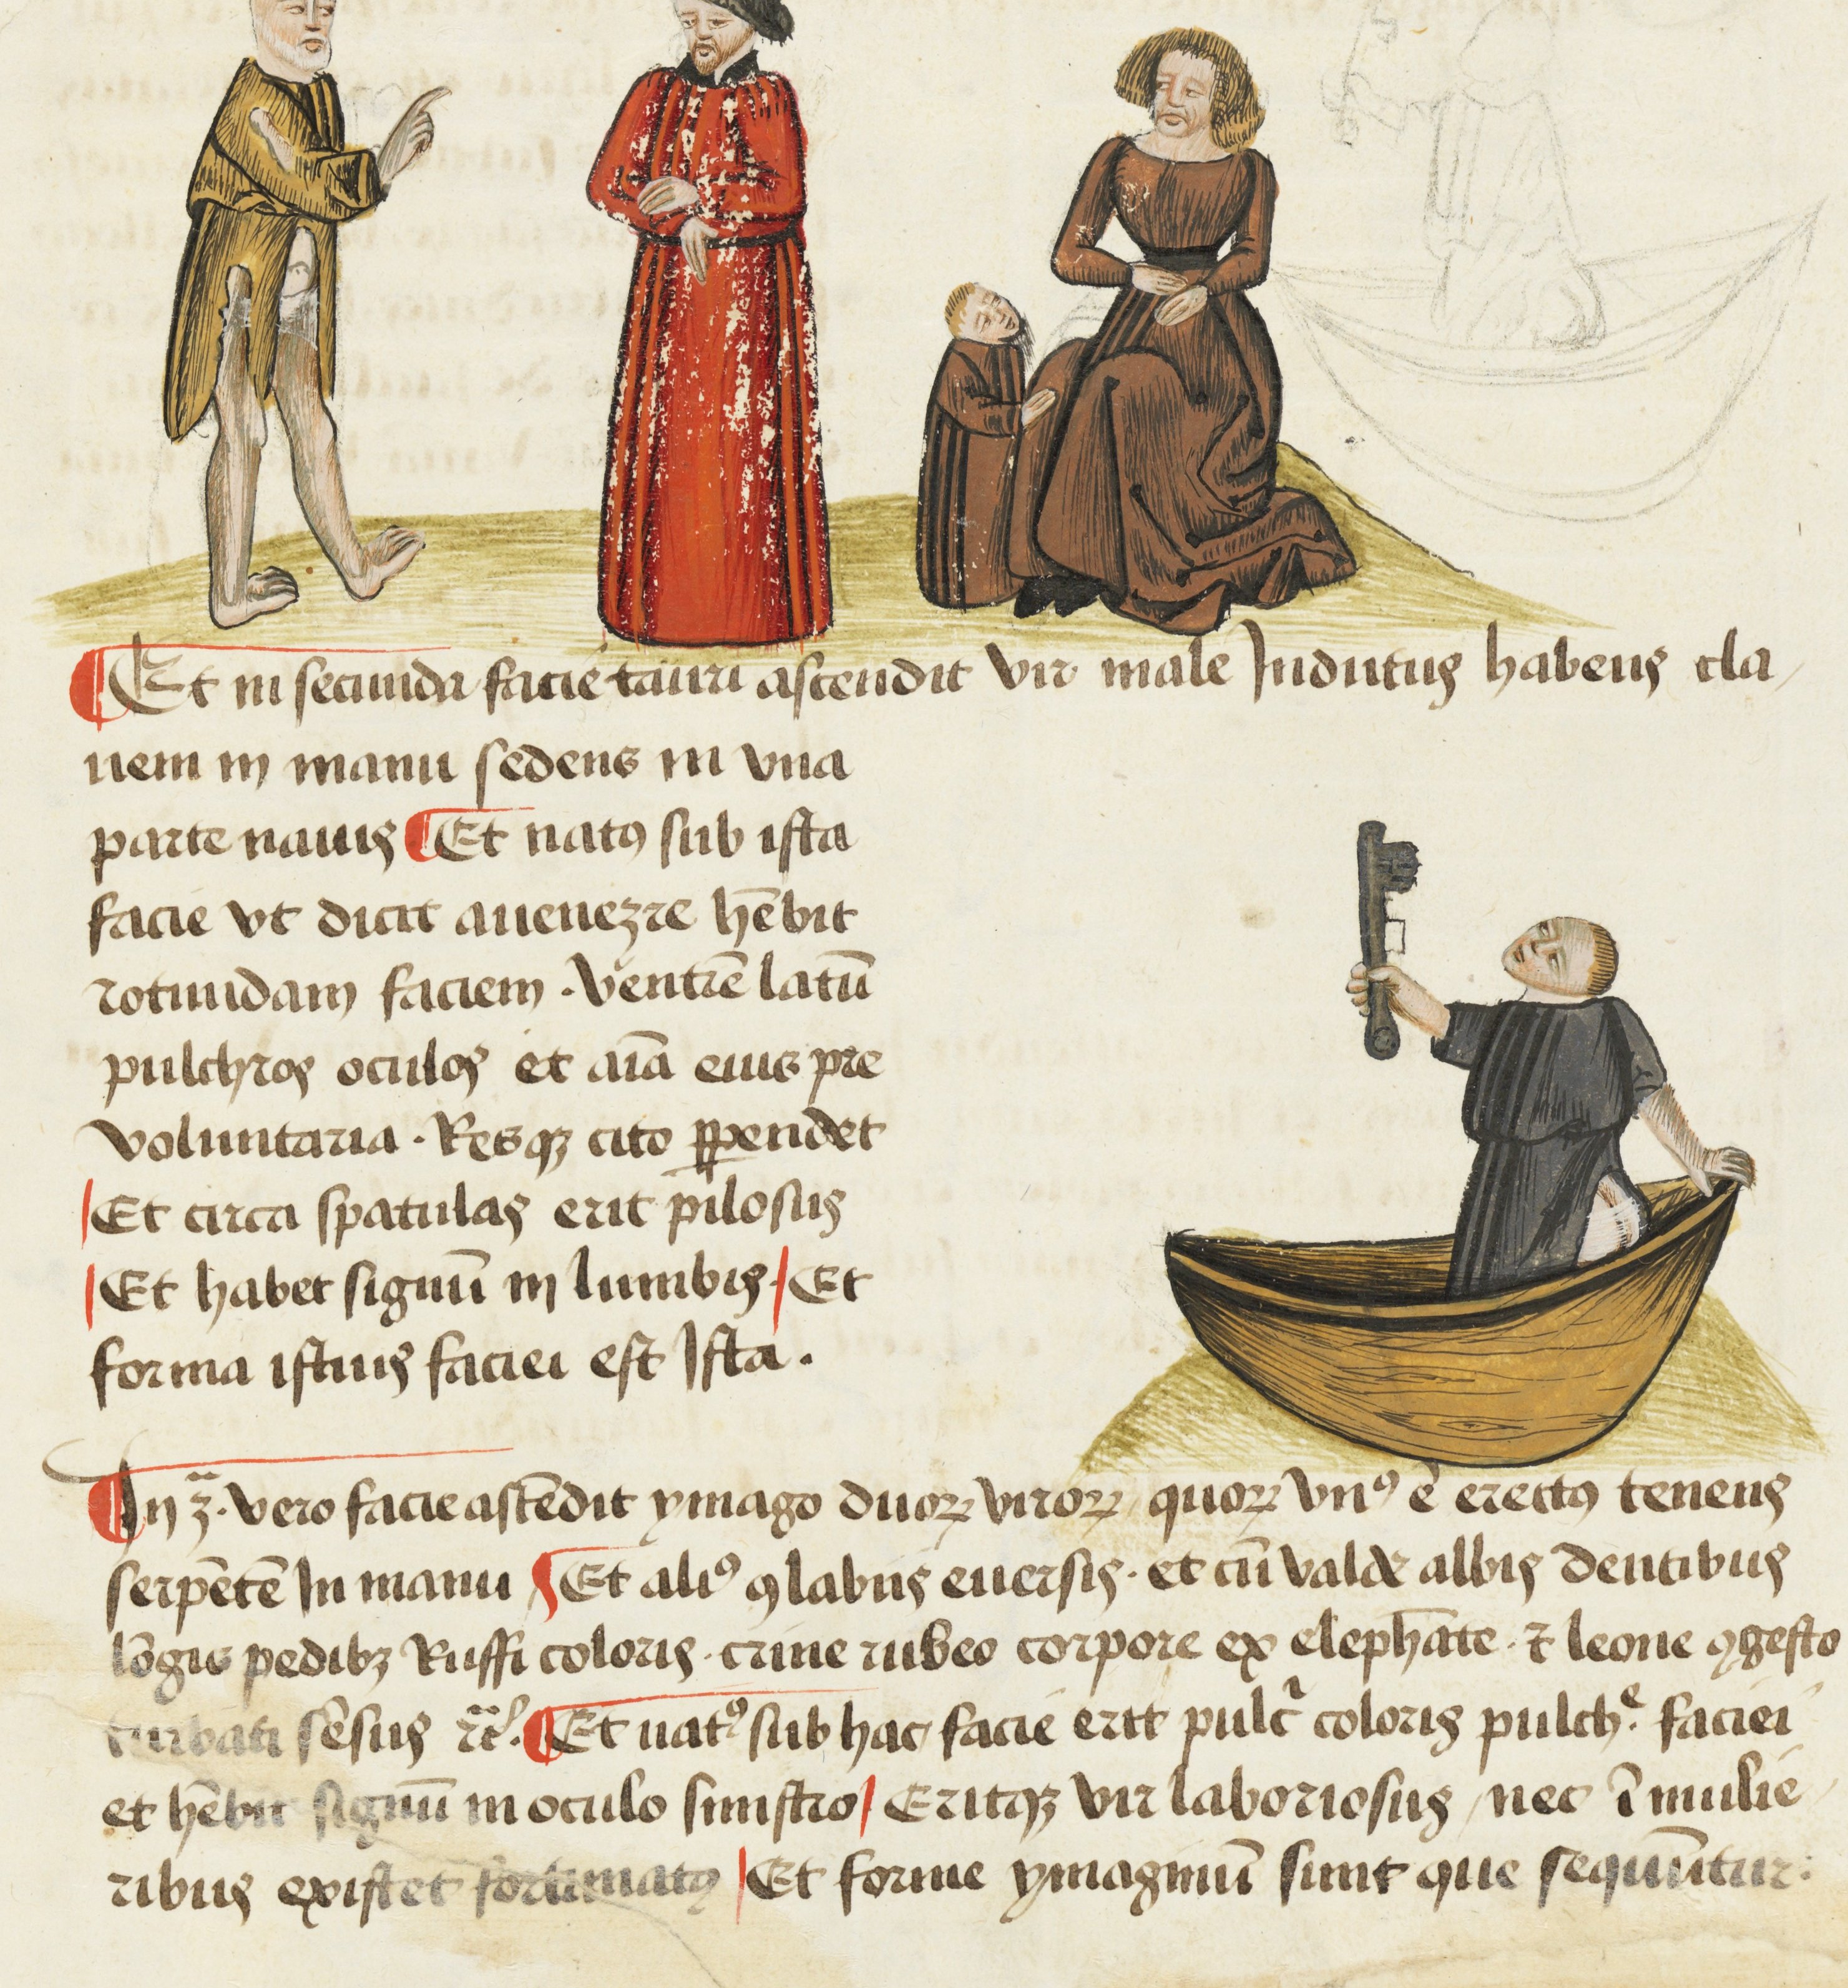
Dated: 1450–1474